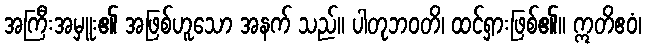
အကြီးအမှူး၏ အဖြစ်ဟူသော အနက် သည်။ ပါတုဘဝတိ၊ ထင်ရှားဖြစ်၏။ ဣတိဧဝံ၊